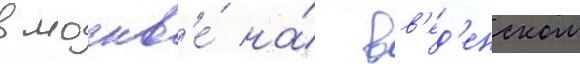
в москв'е́ на́ вв'ед'енском